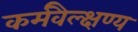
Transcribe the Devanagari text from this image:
कर्मवैल्क्षण्य